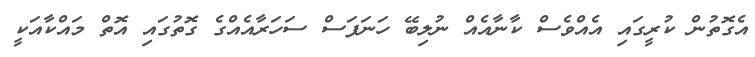
އެގޮތުން ކުރީގައި އެއްވެސް ކާނާއެއް ނުލިބޭ ހަނަފަސް ސަހަރާއެއްގެ ގޮތުގައި އޮތް މައްކާއަކީ